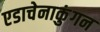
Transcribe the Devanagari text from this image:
एडाचेनाकुंगन